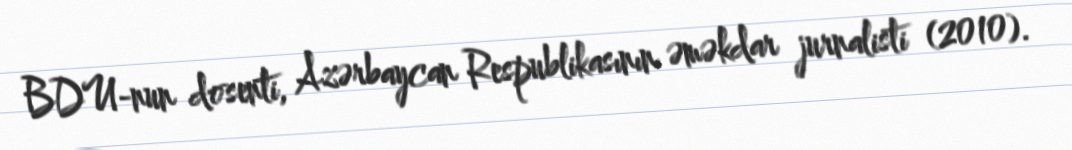
BDU-nun dosenti, Azərbaycan Respublikasının əməkdar jurnalisti (2010).